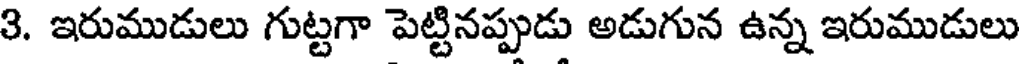
3. ఇరుముడులు గుట్టగా పెట్టినప్పుడు అడుగున ఉన్న ఇరుముడులు